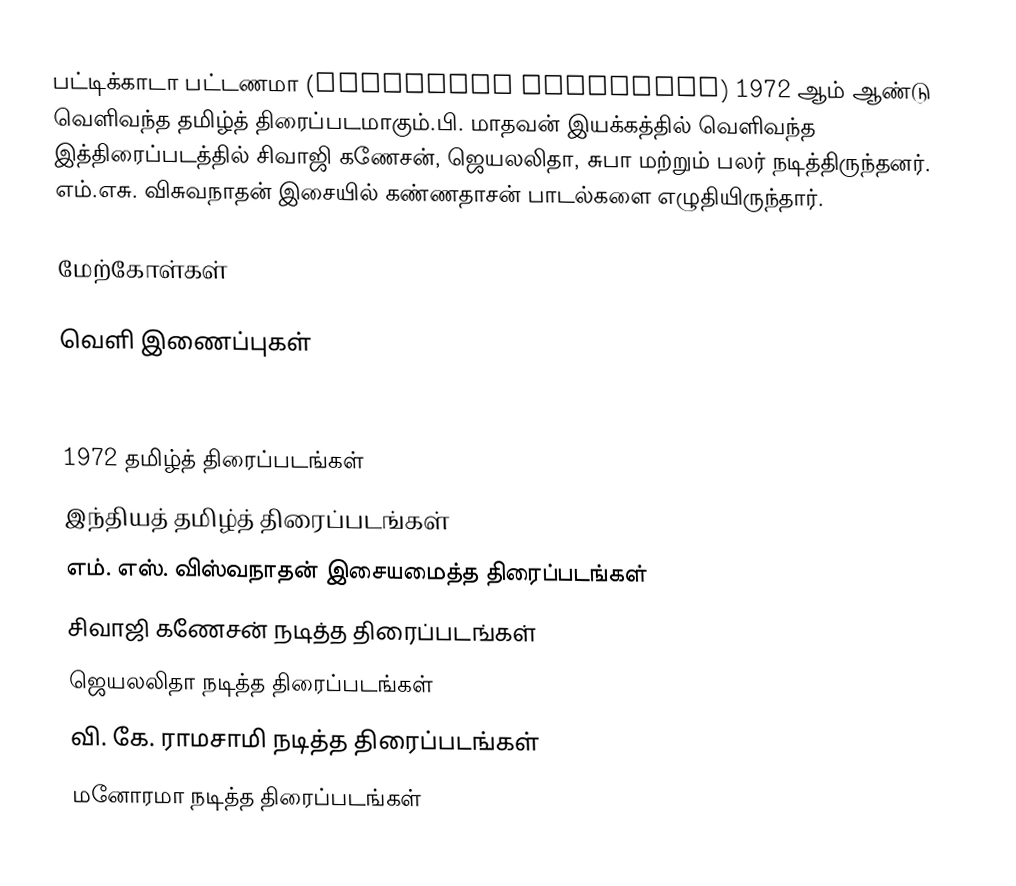
பட்டிக்காடா பட்டணமா (Pattikada Pattanama) 1972 ஆம் ஆண்டு வெளிவந்த தமிழ்த் திரைப்படமாகும்.பி. மாதவன் இயக்கத்தில் வெளிவந்த இத்திரைப்படத்தில் சிவாஜி கணேசன், ஜெயலலிதா, சுபா மற்றும் பலர் நடித்திருந்தனர். எம்.எசு. விசுவநாதன் இசையில் கண்ணதாசன் பாடல்களை எழுதியிருந்தார்.

மேற்கோள்கள்

வெளி இணைப்புகள்

1972 தமிழ்த் திரைப்படங்கள்
இந்தியத் தமிழ்த் திரைப்படங்கள்
எம். எஸ். விஸ்வநாதன் இசையமைத்த திரைப்படங்கள்
சிவாஜி கணேசன் நடித்த திரைப்படங்கள்
ஜெயலலிதா நடித்த திரைப்படங்கள்
வி. கே. ராமசாமி நடித்த திரைப்படங்கள்
மனோரமா நடித்த திரைப்படங்கள்